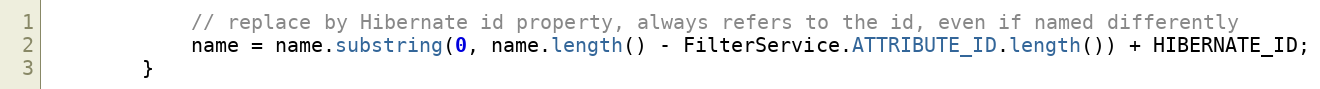
Language: Java
			// replace by Hibernate id property, always refers to the id, even if named differently
			name = name.substring(0, name.length() - FilterService.ATTRIBUTE_ID.length()) + HIBERNATE_ID;
		}